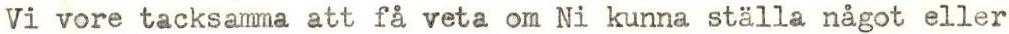
Vi vore tacksamma att få veta om Ni kunna ställa något eller